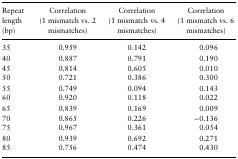
| Repeatlength (bp) | Correlation(1 mismatch vs. 2 mismatches) | Correlation(1 mismatch vs. 4 mismatches) | Correlation(1 mismatch vs. 6 mismatches) |
 | --- | --- | --- | --- |
 | 35 | 0.959 | 0.142 | 0.096 |
 | 40 | 0.887 | 0.791 | 0.190 |
 | 45 | 0.814 | 0.605 | 0.010 |
 | 50 | 0.721 | 0.386 | 0.300 |
 | 55 | 0.749 | 0.094 | 0.143 |
 | 60 | 0.920 | 0.118 | 0.022 |
 | 65 | 0.839 | 0.169 | 0.009 |
 | 70 | 0.865 | 0.226 | −0.136 |
 | 75 | 0.967 | 0.361 | 0.054 |
 | 80 | 0.939 | 0.692 | 0.271 |
 | 85 | 0.756 | 0.474 | 0.430 |